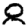
Digit: 8